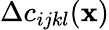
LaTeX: \Delta c_{ijkl}({\mathbf x})